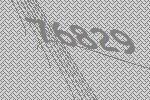
76829